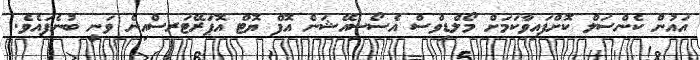
އައުން ކެންސަލް ކޮށްފައިވާކަމަށް މޯލްޑިވްސް އެސޯސިއޭޝަން އޮފް ޔޮޓް އޮޕަރޭޓަރސްއިން ވަނީ ބުނެފައެވެ.